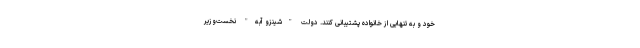
خود و به تنهایی از خانواده پشتیبانی کنند. دولت "شینزو آبه" نخست‌وزیر